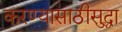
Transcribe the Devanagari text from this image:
करण्यासाठीसुद्धा